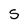
Character: S